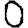
Digit: 0